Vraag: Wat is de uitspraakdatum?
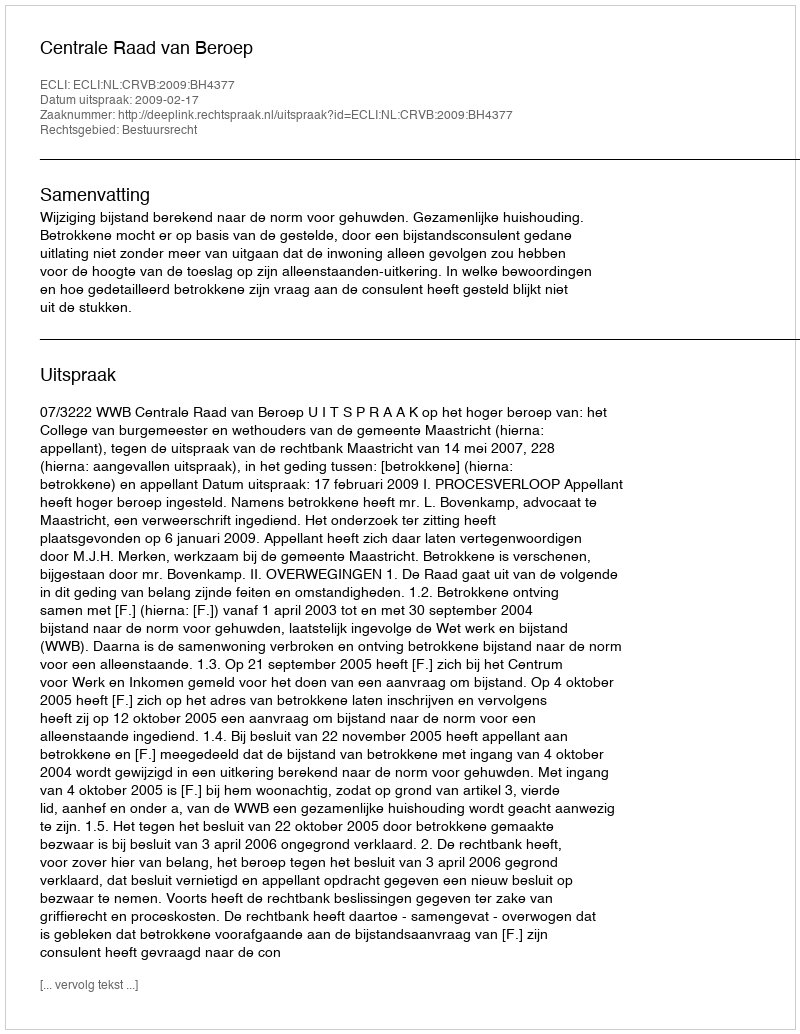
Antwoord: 2009-02-17